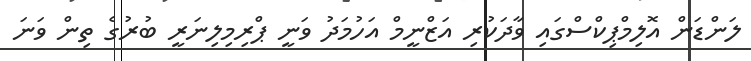
ލަންޑަން އޮލިމްޕިކްސްގައި ވާދަކުރި އަޒްނީމް އަހުމަދު ވަނީ ޕްރިމިލިނަރީ ބުރުގެ ތިން ވަނަ